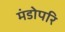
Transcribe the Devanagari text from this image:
मंडोपरि